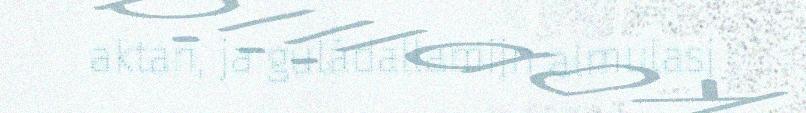
aktan, ja guládallamijn almulasj